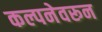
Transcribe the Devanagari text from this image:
कल्पनेवरून